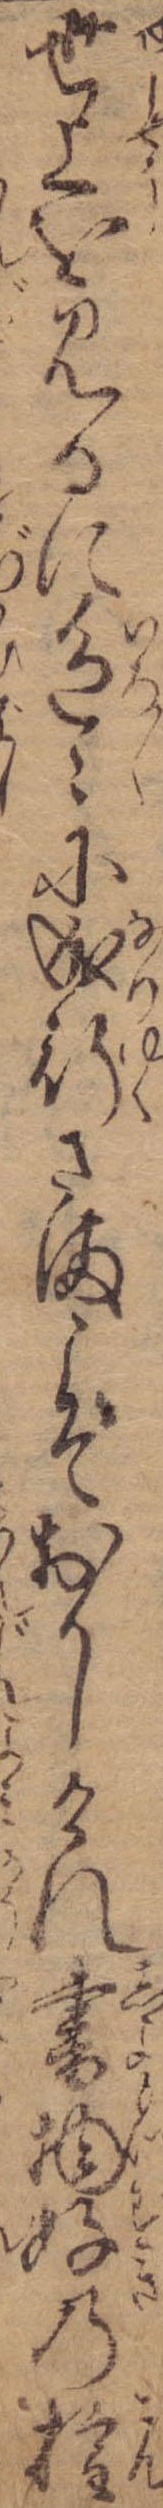
世上を見るに色々に成行さまこそおかしけれ書物好の権